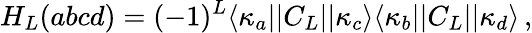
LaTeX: H_{L}(abcd)=(-1)^{L}\langle\kappa_{a}||C_{L}||\kappa_{c}\rangle\langle\kappa_{b}||C_{L}||\kappa_{d}\rangle\, ,